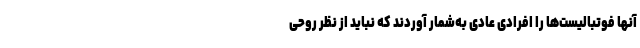
آنها فوتبالیست‌ها را افرادی عادی به‌شمار آوردند که نباید از نظر روحی